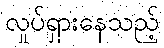
လှုပ်ရှားနေသည့်